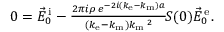
\begin{array} { r } { 0 = \vec { E } _ { 0 } ^ { \mathrm { \, i } } - \frac { 2 \pi i \rho \, e ^ { - 2 i ( k _ { \mathrm { e } } - k _ { \mathrm { m } } ) a } } { ( k _ { \mathrm { e } } - k _ { \mathrm { m } } ) k _ { \mathrm { m } } \, \! \! \, \! \, \, \! \, \, \! \! \, \! \, \, \! \! \, \! \! \, \! \, \, \! \! \, \! \! \, \! \, \, \! \, \, \! \! \, \! \, \, \! \! \, \! \! \, \! \, \, \! \, \, \! \! \, \! \, \, \! \, \, \! \! \, \! \, \, \! \! \, \! \! \, \! \, \, \! \, \, \! \! \, \! \, \, \! \, \, \! \! ^ { 2 } } \, \! \! \, \! \, \, \! \, \, \! \! \, \! \, \, \! \! \, \! \! \, \! \, \, \! \! \, \! \! \, \! \, \, \! \, \, \! \! \, \! \, \, \! \! \, \! \! \, \! \, \, \! \, \, \! \! \, \! \, \, \! \! S ( 0 ) \vec { E } _ { 0 } ^ { \mathrm { \, e } } . } \end{array}